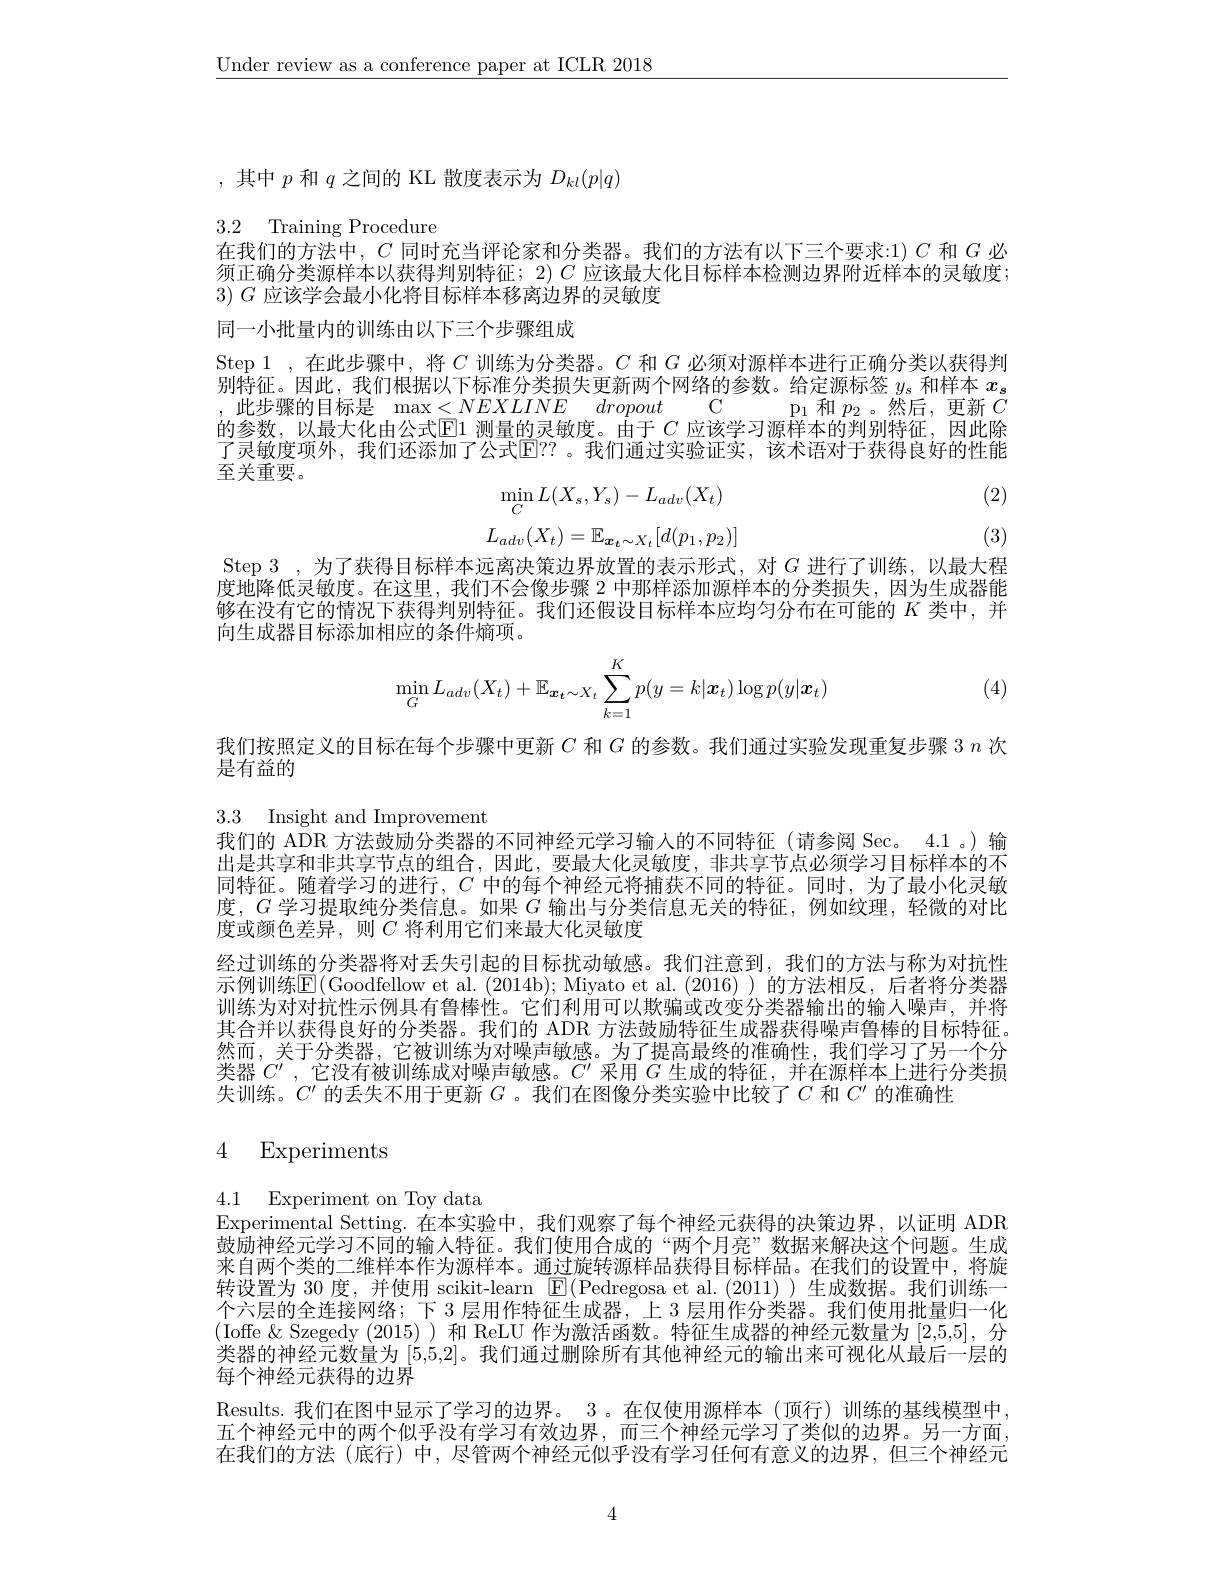
$\underline{\text{Under review as a conference paper at ICLR 2018}}$

,其中$p$和$q$之间的 KL 散度表示为$D_kl(p|q)$

3.2 Training Procedure
在我们的方法中，$C$同时充当评论家和分类器。我们的方法有以下三个要求：1) $C$和$G$必

须正确分类源样本以获得判别特征；2) $C$应该最大化目标样本检测边界附近样本的灵敏度；
$3)G$应该学会最小化将目标样本移离边界的灵敏度

同一小批量内的训练由以下三个步骤组成

Step 1 ,在此步骤中，将$C$训练为分类器。$C$和$G$必须对源样本进行正确分类以获得判别特征。因此，我们根据以下标准分类损失更新两个网络的参数。给定源标签$y_s$和样本$x_\mathbf{s}$ ,此步骤的目标是 $\max < NEXLINE$ dropout C $p_1$和 $p_2$。然后，更新$C$ 的参数，以最大化由公式$\boxed{\mathrm{E}}1$测量的灵敏度。由于$C$应该学习源样本的判别特征，因此除了灵敏度项外，我们还添加了公式$\mathbb{E}$??。我们通过实验证实，该术语对于获得良好的性能至关重要。

(2)
$$\min_{C}L(X_{s},Y_{s})-L_{adv}(X_{t})\\L_{adv}(X_{t})=\mathbb{E}_{\boldsymbol{x}_{t}\sim X_{t}}[d(p_{1},p_{2})]$$
(3)

Step 3 ,为了获得目标样本远离决策边界放置的表示形式，对$G$进行了训练，以最大程度地降低灵敏度。在这里，我们不会像步骤 2 中那样添加源样本的分类损失，因为生成器能够在没有它的情况下获得判别特征。我们还假设目标样本应均匀分布在可能的$K$类中，并向生成器目标添加相应的条件熵项。
$$\min_GL_{adv}(X_t)+\mathbb{E}_{\boldsymbol{x}_t\sim X_t}\sum_{k=1}^Kp(y=k|\boldsymbol{x}_t)\log p(y|\boldsymbol{x}_t)$$
(4)

我们按照定义的目标在每个步骤中更新$C$和$G$的参数。我们通过实验发现重复步骤 3 $n$次
是有益的

3.3 Insight and Improvement
我们的 ADR 方法鼓励分类器的不同神经元学习输入的不同特征 (请参阅 Sec。4.1 。) 输

出是共享和非共享节点的组合，因此，要最大化灵敏度，非共享节点必须学习目标样本的不同特征。随着学习的进行，$C$中的每个神经元将捕获不同的特征。同时，为了最小化灵敏度，$G$学习提取纯分类信息。如果$G$输出与分类信息无关的特征，例如纹理，轻微的对比度或颜色差异，则$C$ 将利用它们来最大化灵敏度
经过训练的分类器将对丢失引起的目标扰动敏感。我们注意到，我们的方法与称为对抗性示例训练$\mathbb{E}($Goodfellow et al. (2014b); Miyato et al.(2016)) 的方法相反，后者将分类器训练为对对抗性示例具有鲁棒性。它们利用可以欺骗或改变分类器输出的输入噪声，并将其合并以获得良好的分类器。我们的 ADR 方法鼓励特征生成器获得噪声鲁棒的目标特征。然而，关于分类器，它被训练为对噪声敏感。为了提高最终的准确性，我们学习了另一个分类器$C^{\prime}$,它没有被训练成对噪声敏感。$C^\prime$采用$G$生成的特征，并在源样本上进行分类损失训练。$C^{\prime}$的丢失不用于更新$G$ 。我们在图像分类实验中比较了$C$和$C^\prime$的准确性

## 4 Experiments

4.1 Experiment on Toy data
Experimental Setting. 在本实验中，我们观察了每个神经元获得的决策边界，以证明 ADR 鼓励神经元学习不同的输入特征。我们使用合成的“两个月亮”数据来解决这个问题。生成来自两个类的二维样本作为源样本。通过旋转源样品获得目标样品。在我们的设置中，将旋转设置为 30 度，并使用 scikit-learn $\boxed{\mathbb{E}}($Pedregosa et al.(2011))生成数据。我们训练一个六层的全连接网络；下 3 层用作特征生成器，上 3 层用作分类器。我们使用批量归一化(Ioffe $\&$ Szegedy (2015) )和 ReLU 作为激活函数。特征生成器的神经元数量为[2,5,5],分类器的神经元数量为[5,5,2]。我们通过删除所有其他神经元的输出来可视化从最后一层的每个神经元获得的边界
Results.我们在图中显示了学习的边界。3 。在仅使用源样本 (顶行)训练的基线模型中五个神经元中的两个似乎没有学习有效边界，而三个神经元学习了类似的边界。另一方面， 在我们的方法(底行)中，尽管两个神经元似乎没有学习任何有意义的边界，但三个神经元

4